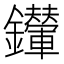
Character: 𨰀